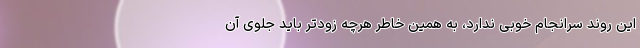
این روند سرانجام خوبی ندارد، به همین خاطر هرچه زودتر باید جلوی آن